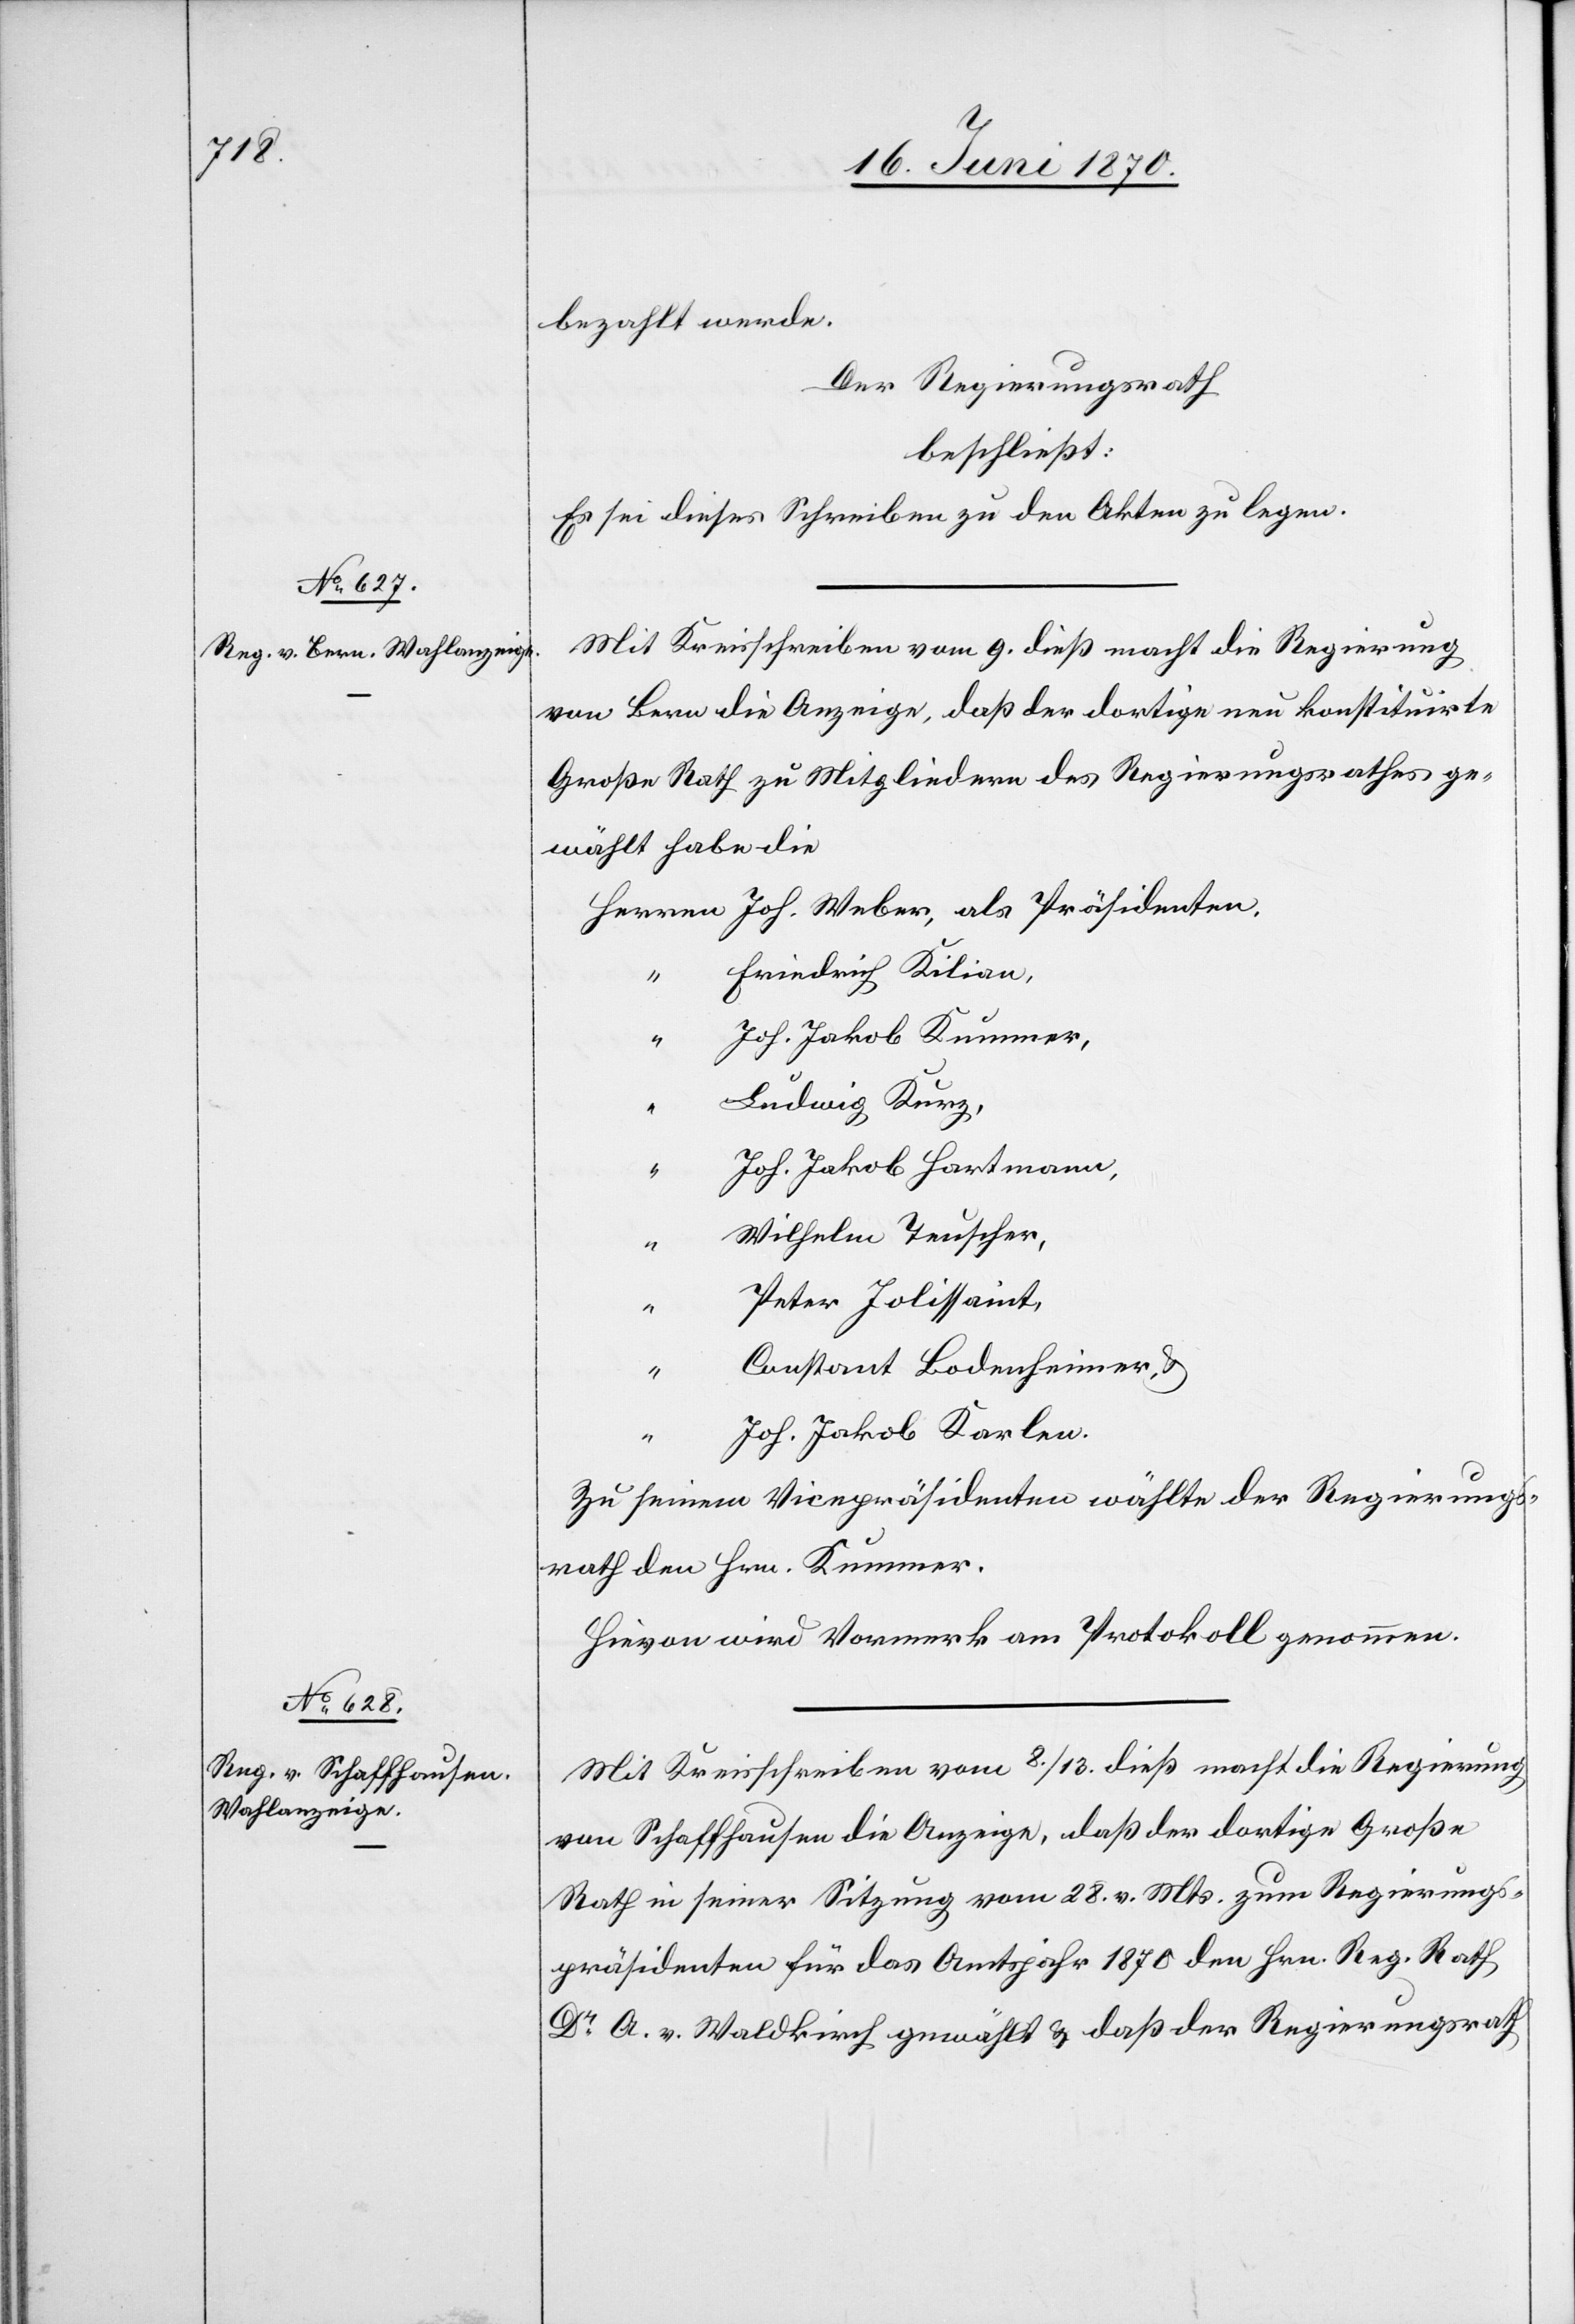
“
bezahlt werde.
Der Regierungsrath
beschließt:
Es sei dieses Schreiben zu den Akten zu legen.
Mit Kreisschreiben vom 9. dieß macht die Regierung
von Bern die Anzeige, daß der dortige neu konstituirte
Große Rath zu Mitgliedern des Regierungsrathes ge¬
wählt habe die
Herren Joh. Weber, als Präsidenten,
Friedrich Kilian,
“
Joh. Jakob Kummer,
“
Ludwig Kurz,
Joh. Jakob Hartmann,
“
Wilhelm Teuscher,
Peter Jolissaint,
Constant Bodenheimer, &
“
Joh. Jakob Karlen.
Zu seinem Vicepräsidenten wählte der Regierungs¬
rath den Hrn. Kummer.
Hievon wird Vormerk am Protokoll genommen.
Mit Kreisschreiben vom 8./13. dieß macht die Regierung
von Schaffhausen die Anzeige, daß der dortige Große
Rath in seiner Sitzung vom 28. v. Mts. zum Regierungs¬
präsidenten für das Amtsjahr 1870 den Hrn. Reg. Rath
Dr A. v. Waldkirch gewählt & daß der Regierungsrath